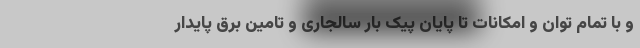
و با تمام توان و امکانات تا پایان پیک بار سالجاری و تامین برق پایدار